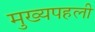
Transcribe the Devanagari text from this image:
मुख्यपहली